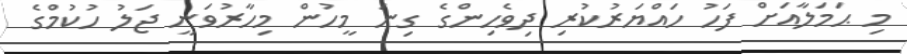
މި ޙަމަލާއަށް ފަހު ހައްޔަރުކުރި ދިވެހިންގެ ގިނަ މީހުން މިހާރުވަނީ ޖަލު ހުކުމްގެ